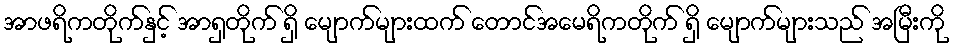
အာဖရိကတိုက်နှင့် အာရှတိုက် ရှိ မျောက်များထက် တောင်အမေရိကတိုက် ရှိ မျောက်များသည် အမြီးကို